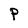
Character: P